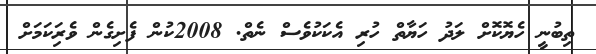
ތިބުނީ ހެޔޮކޮށް ލަދު ހަޔާތް ހުރި އެކަކުވެސް ނެތް. 2008ކުން ފެށިގެން ވެރިަކަމަށް